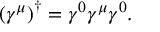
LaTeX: \left( \gamma ^ { \mu } \right) ^ { \dagger } = \gamma ^ { 0 } \gamma ^ { \mu } \gamma ^ { 0 } .